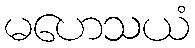
မဟေသယံ